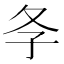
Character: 𡕕